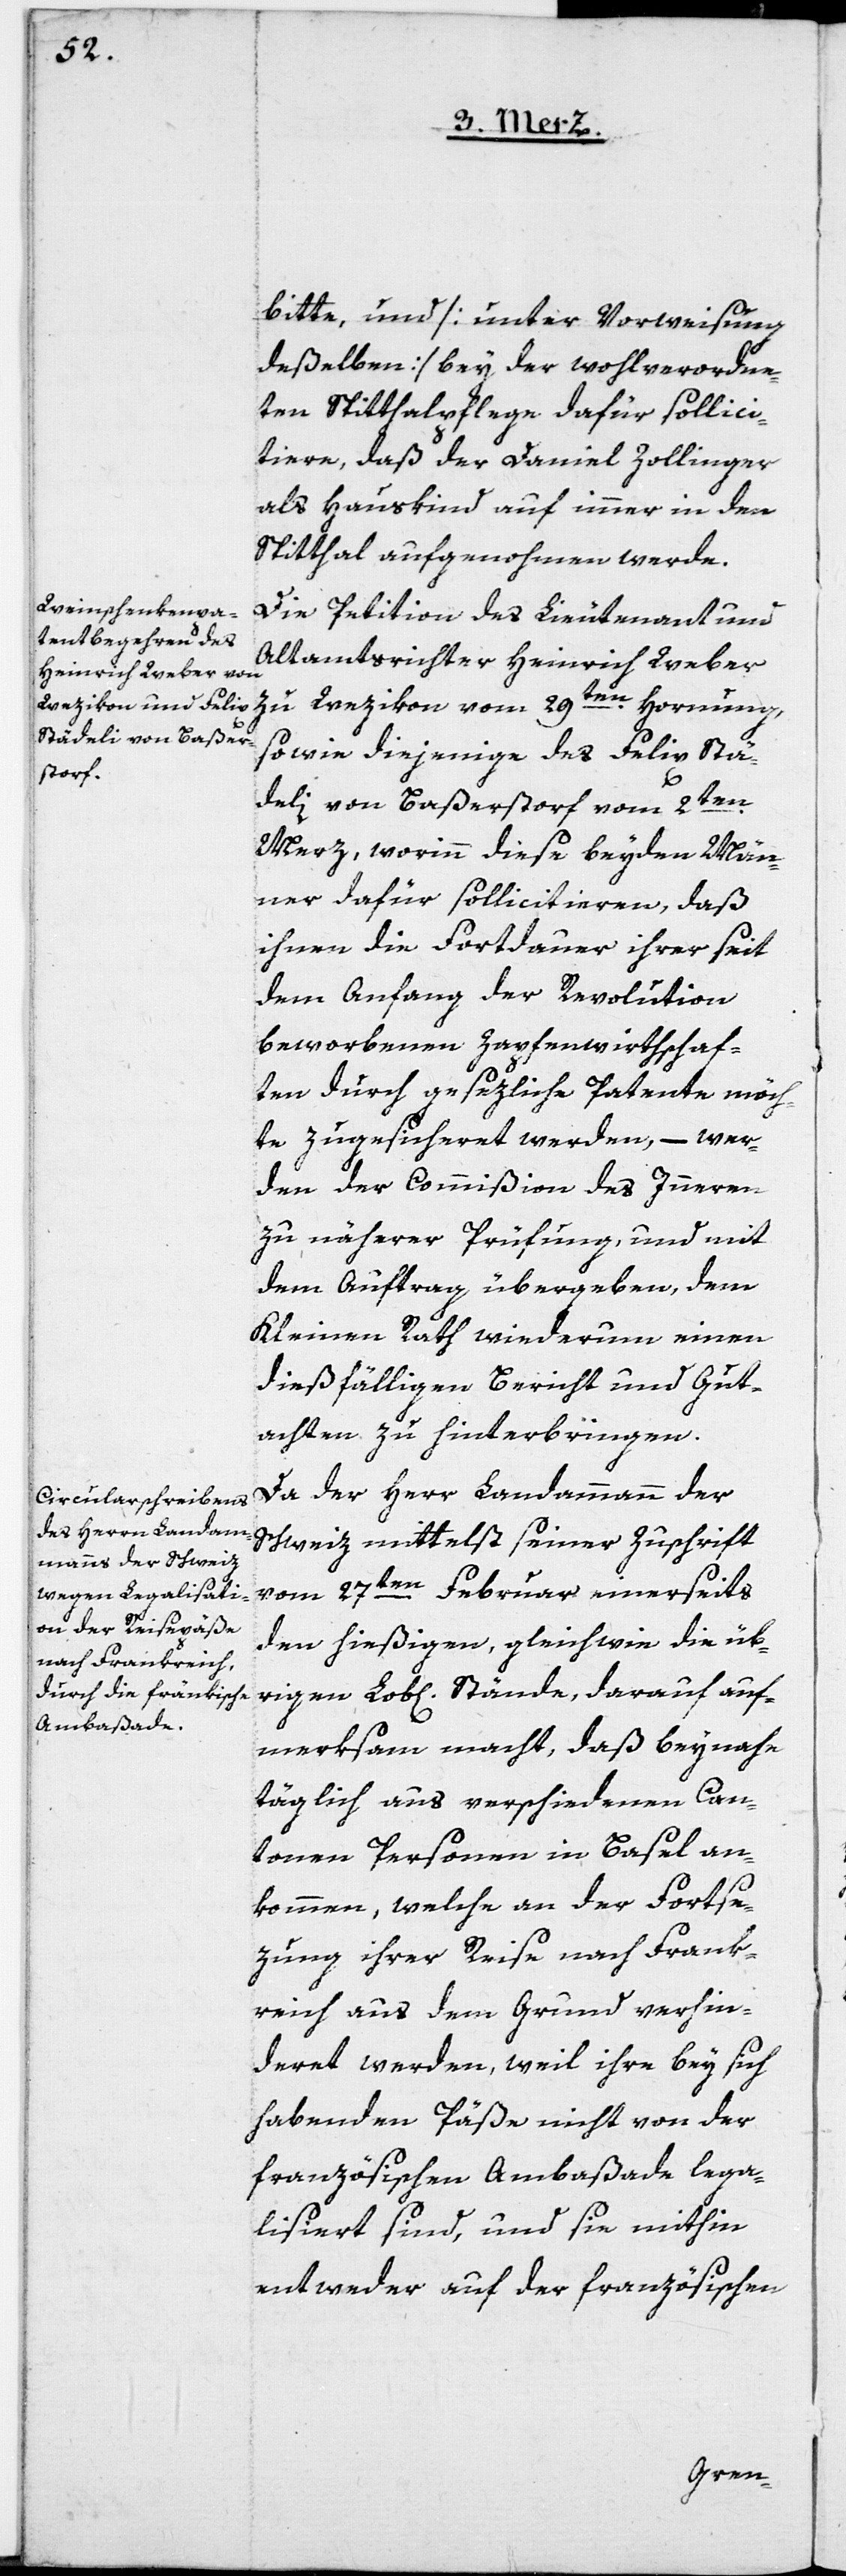
bitte, und [unter Vorweisung
deßelben] bey der wohlverordne¬
ten Spitthalpflege dafür sollici¬
tiere, daß der Daniel Zollinger
als Hauskind auf immer in den
Spitthal aufgenohmen werde.
Die Petition des Lieutenant und
Altamtsrichter Heinrich Weber
zu Wezikon vom 29ten Hornung,
sowie diejenige des Felix Stä¬
deli von Baßerstorf vom 2ten
Merz, worinn diese beyden Män¬
ner dafür sollicitieren, daß
ihnen die Fortdauer ihrer seit
dem Anfang der Revolution
beworbenen Zapfenwirthschaf¬
ten durch gesezliche Patente möch¬
te zugesicheret werden, – wer¬
den der Commißion des Innern
zu näherer Prüfung, und mit
dem Auftrag übergeben, dem
Kleinen Rath wiederum einen
dießfälligen Bericht und Gut¬
achten zu hinterbringen.
Da der Herr Landammann der
Schweiz mittelst seiner Zuschrift
vom 27ten Februar einerseits
den hießigen, gleichwie die üb¬
rigen Lob[lichen] Stände, darauf auf¬
merksam macht, daß beynahe
täglich aus verschiedenen Can¬
tonen Personen in Basel an¬
kommen, welche an der Fortse¬
zung ihrer Reise nach Frank¬
reich aus dem Grund verhin¬
deret werden, weil ihre bey sich
habenden Päße nicht von der
französischen Ambaßade lega¬
lisiert sind, und sie mithin
entweder auf der französichen